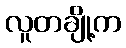
လူတချို့က